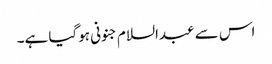
اس سے عبدالسلام جنونی ہوگیا ہے۔